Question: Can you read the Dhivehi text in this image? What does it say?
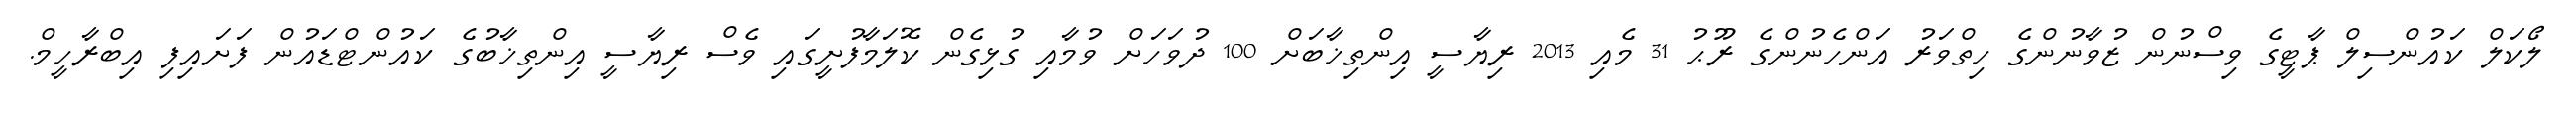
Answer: ލޯކަލް ކައުންސިލް ޕާޓީގެ ވިސްނުން ޒުވާނުންގެ ހިތްވަރު އަންހެނުންގެ ރޫޙު 31 މެއި 2013 ރިޔާސީ އިންތިޚާބަށް 100 ދުވަހަށް ވުމާއި ގުޅިގެން ކޮލަމާފުށީގައި ވެސް ރިޔާސީ އިންތިޚާބުގެ ކައުންޓްޑައުން ފަށައިފި އިބްރާހީމް.